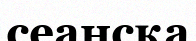
сеансқа